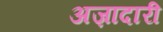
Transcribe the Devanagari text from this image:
अज़ादारी